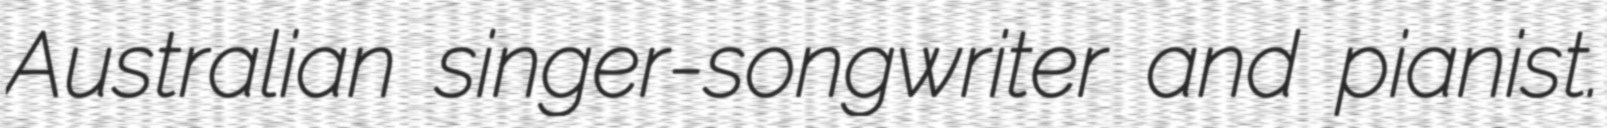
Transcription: Australian singer-songwriter and pianist.